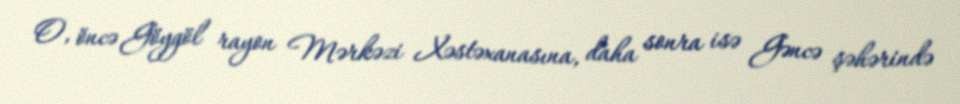
O, öncə Göygöl rayon Mərkəzi Xəstəxanasına, daha sonra isə Gəncə şəhərində